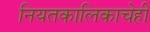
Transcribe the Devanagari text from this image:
नियतकालिकाचेही